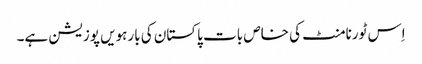
اِس ٹورنامنٹ کی خاص بات پاکستان کی بارہویں پوزیشن ہے۔